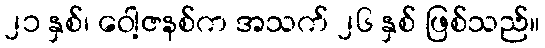
၂၁ နှစ်၊ ဝေါ့ဇနစ်က အသက် ၂၆ နှစ် ဖြစ်သည်။